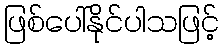
ဖြစ်ပေါ်နိုင်ပါသဖြင့်